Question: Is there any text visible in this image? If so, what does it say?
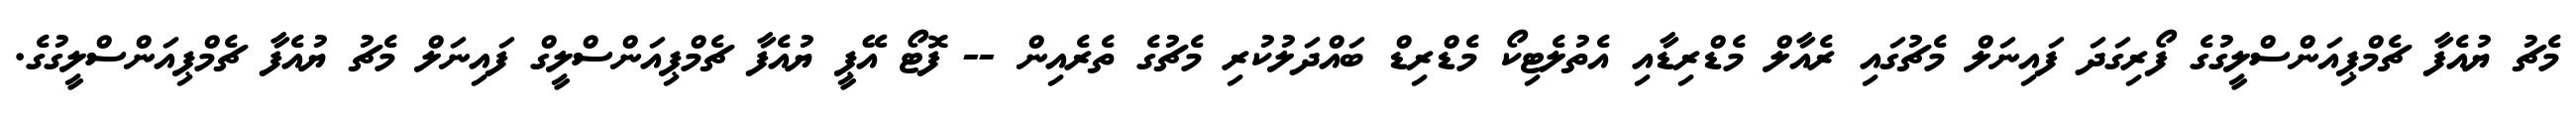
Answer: މެޗު ޔުއެފާ ޗެމްޕިއަންސްލީގުގެ ފޯރިގަދަ ފައިނަލް މެޗުގައި ރެއާލް މެޑްރިޑާއި އެތުލެޓިކޯ މެޑްރިޑް ބައްދަލުކުރި މެޗުގެ ތެރެއިން -- ފޮޓޯ އޭޕީ ޔުއެފާ ޗެމްޕިއަންސްލީގް ފައިނަލް މެޗު ޔުއެފާ ޗެމްޕިއަންސްލީގުގެ.